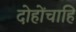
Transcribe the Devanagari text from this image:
दोहोंचाहि